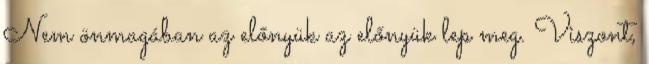
Nem önmagában az előnyük az előnyük lep meg. Viszont,